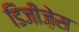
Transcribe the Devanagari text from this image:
डिजीज़ेस